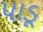
પાડૂ